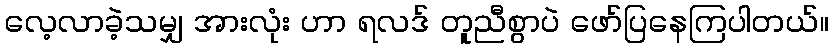
လေ့လာခဲ့သမျှ အားလုံး ဟာ ရလဒ် တူညီစွာပဲ ဖော်ပြနေကြပါတယ်။